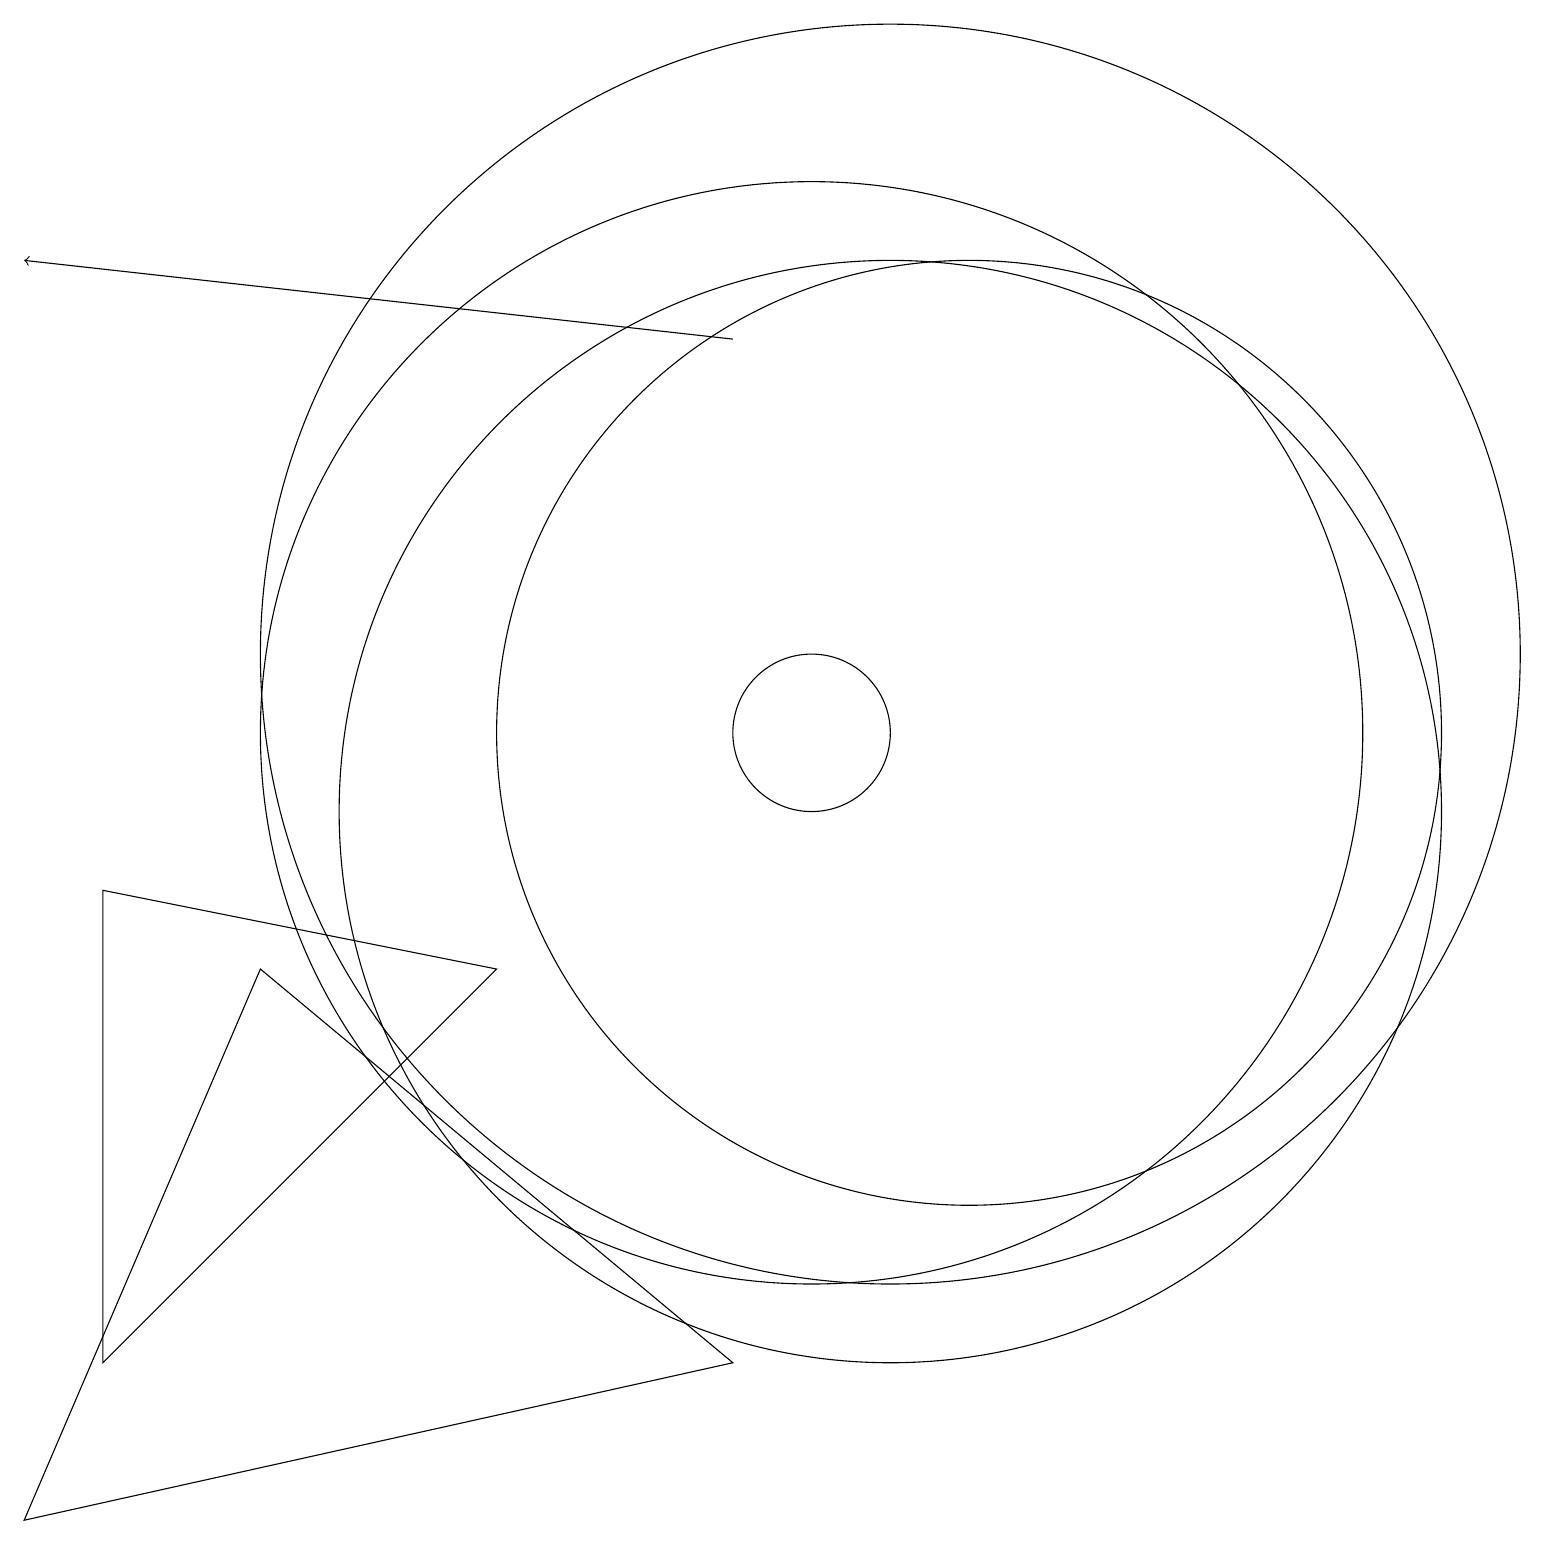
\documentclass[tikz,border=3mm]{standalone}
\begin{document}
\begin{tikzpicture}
\draw (11,10) circle (7);
\draw (0,1) -- (9,3) -- (3,8) -- cycle;
\draw[->] (9,16) -- (0,17);
\draw (1,3) -- (1,9) -- (6,8) -- cycle;
\draw (11,12) circle (8);
\draw (12,11) circle (6);
\draw (10,11) circle (1);
\draw (10,11) circle (7);
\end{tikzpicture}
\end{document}